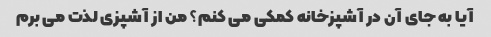
آیا به جای آن در آشپزخانه کمکی می کنم؟ من از آشپزی لذت می برم